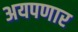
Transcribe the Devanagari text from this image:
अयपणार